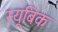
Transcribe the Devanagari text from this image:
स्यूबिक